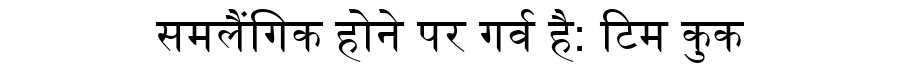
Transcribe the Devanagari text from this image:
समलैंगिक होने पर गर्व है: टिम कुक